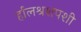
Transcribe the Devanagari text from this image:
र्हालश्रशपशी